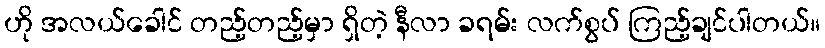
ဟို အလယ်ခေါင် တည့်တည့်မှာ ရှိတဲ့ နီလာ ခရမ်း လက်စွပ် ကြည့်ချင်ပါတယ်။